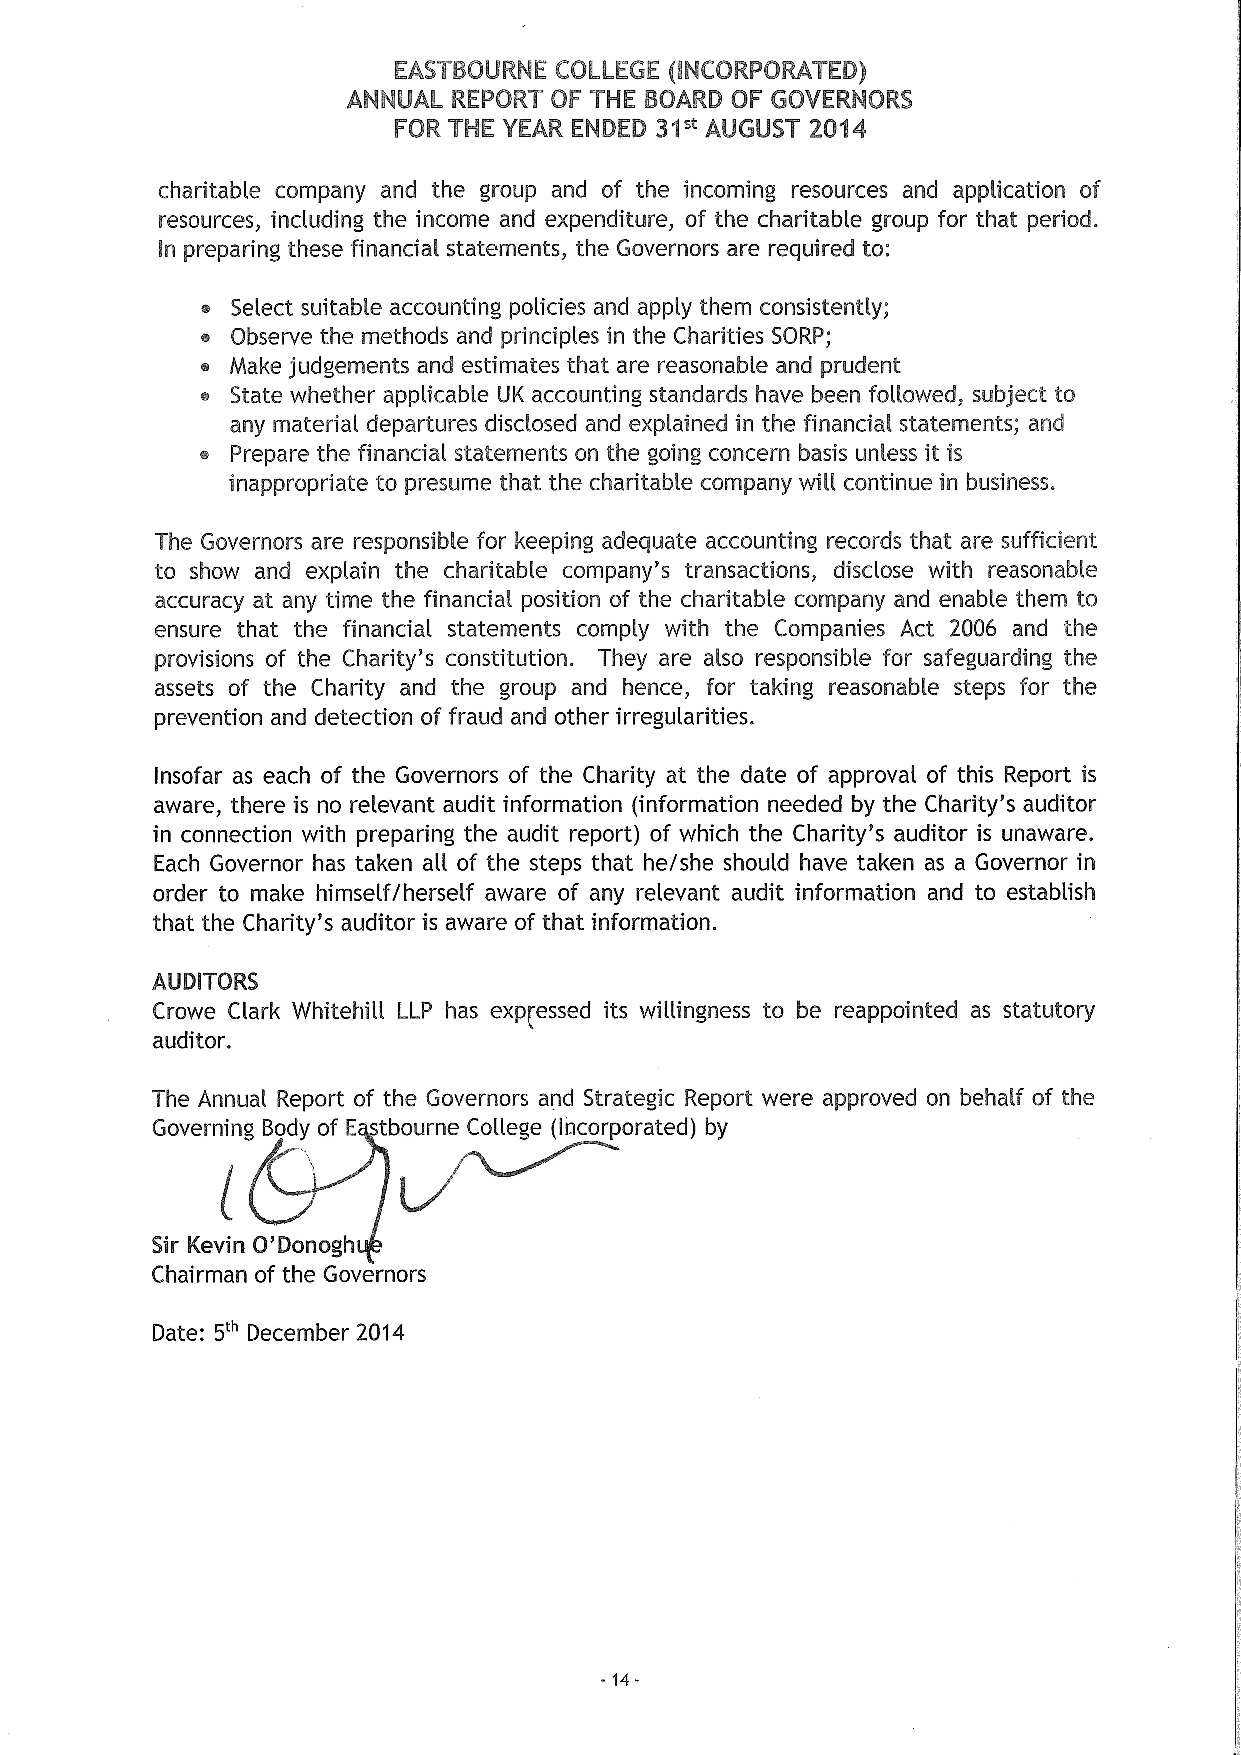
charitable company and the group and of the incoming resources and application of
 resources, including the income and expenditure, of the charitable group for that period.
 In preparing these financial statements, the Governors are required to:
 Select suitable accounting policies and apply them consistently;
 Observe the methods and principles in the Charities SORP;
 Make judgements and estimates that are reasonable and prudent
 State whether applicable UK accounting standards have been followed, subject to
 any material departures disclosed and explained in the financial statements; and
 Prepare the financial statements on the going concern basis unless it is
 inappropriate to presume that the charitable company will continue in business.
 The Governors are responsible for keeping adequate accounting records that are sufficient
 to show and explain the charitable company's transactions, disclose with reasonable
 accuracy at any time the financial position of the charitable company and enable them to
 ensure that the financial statements comply with the Companies Act 2006 and the
 provisions of the Charity's constitution. They are also responsible for safeguarding the
 assets of the Charity and the group and hence, for taking reasonable steps for the
 prevention and detection of fraud and other irregularities.
 Insofar as each of the Governors of the Charity at the date of approval of this Report is
 aware, there is no relevant audit information (information needed by the Charity's auditor
 in connection with preparing the audit report) of which the Charity's auditor is unaware.
 Each Governor has taken all of the steps that he/she should have taken as a Governor in
 order to make himself/herself aware of any relevant audit information and to establish
 that the Charity's auditor is aware of that information.
 AUDITORS
 Crowe Clark Whitehill LLP has exp~essed its willingness to be reappointed as statutory
 auditol .
 The Annual, Report of the Governors and Strategic Report were approved on behalf of the
 Governing Body of E tbourne College {Incorporated) by
 Sir Kevin O'Donogh
 Chairman of the Governors
 Date: 5'" December 2014